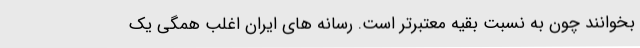
بخوانند چون به نسبت بقیه معتبرتر است. رسانه های ایران اغلب همگی یک